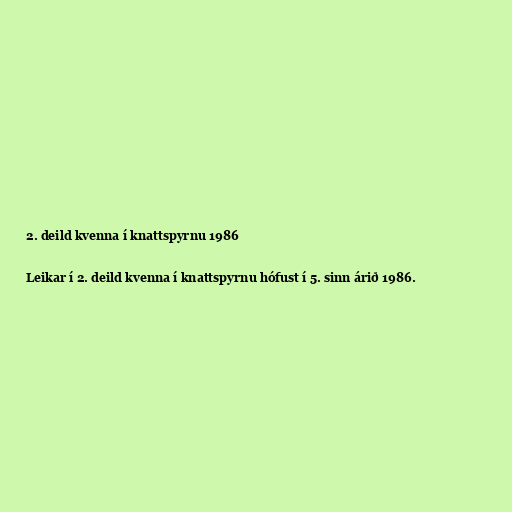
2. deild kvenna í knattspyrnu 1986

Leikar í 2. deild kvenna í knattspyrnu hófust í 5. sinn árið 1986.